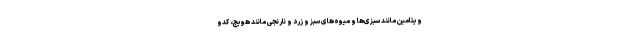
ویتامین مانند سبزی‌ها و میوه‌های سبز و زرد و نارنجی مانند هویج، کدو